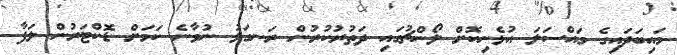
މައިބަދައިގެ މައްސަލަ އުޅެނިކޮށް ލޯންޗުގައި ދަތުރުކުރުން ރަނގަޅު ނުވާނެ ކަމަށް ޑޮކްޓަރުން ލަފާ